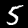
Digit: 5